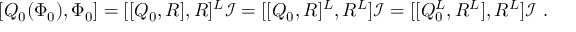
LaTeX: [ Q _ { 0 } ( \Phi _ { 0 } ) , \Phi _ { 0 } ] = [ [ Q _ { 0 } , R ] , R ] ^ { L } \mathcal { I } = [ [ Q _ { 0 } , R ] ^ { L } , R ^ { L } ] \mathcal { I } = [ [ Q _ { 0 } ^ { L } , R ^ { L } ] , R ^ { L } ] \mathcal { I } \ .